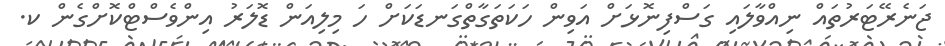
ޖަނެރޭޓަރުތައް ނިއްވާލައި ގަސްފިނޮޅަށް އަވިން ހަކަތަގާތްގަނޑަކަށް ހަ މިލިއަން ޑޮލަރު އިންވެސްޓްކޮށްގެން ކ.